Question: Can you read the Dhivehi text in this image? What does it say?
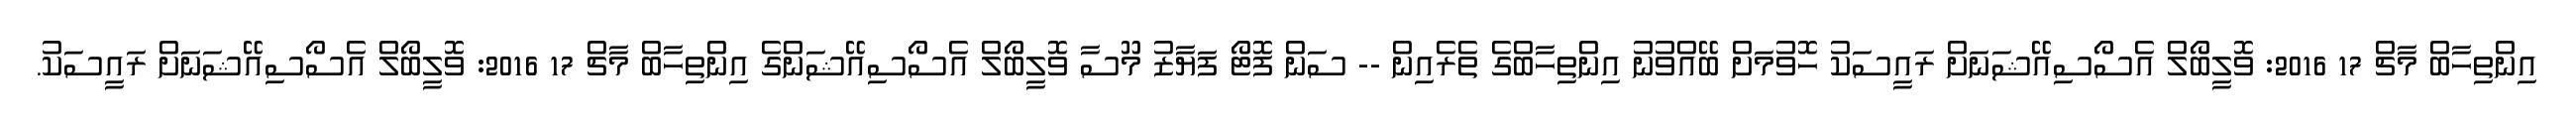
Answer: އިންތިހާބް މާޗް 17 2016: ވޮލީބޯލް އެސޯސިއޭޝަނަށް ރައީސަކު ހޮވުމަށް ބޭއްވުނު އިންތިހާބްގެ ތެރެއިން -- ސަން ފޮޓޯ ފަޔާޒު މޫސާ ވޮލީބޯލް އެސޯސިއޭޝަންގެ އިންތިހާބް މާޗް 17 2016: ވޮލީބޯލް އެސޯސިއޭޝަނަށް ރައީސަކު.